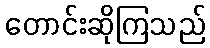
တောင်းဆိုကြသည်